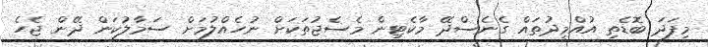
މިފަދަ ބޮޑެތި އުއްމީދުތައް ގެނެސްދޭ މާކެޓިން މެސެޖުތަކަށް ނުހެއްލުމަށް ސަމާލުކަން ދޭން ޖެހެ